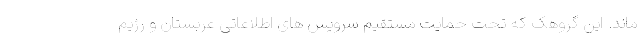
ماند. این گروهک که تحت حمایت مستقیم سرویس های اطلاعاتی عربستان و رژیم